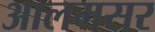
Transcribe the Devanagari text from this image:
आलमसर